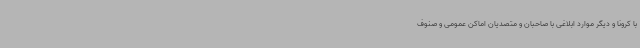
با کرونا و دیگر موارد ابلاغی با صاحبان و متصدیان اماکن عمومی و صنوف